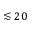
\lesssim 2 0